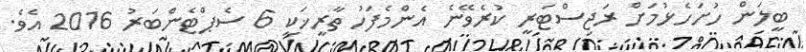
ބީލަން ހުށަހެޅުމަށް ރަޖިސްޓަރީ ކުރެވޭނެ އެންމެފަހު ތާރީޚަކީ 6 ސެޕްޓެންބަރު 2016 އެވެ.